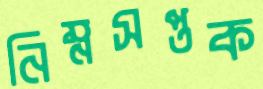
নিম্নসপ্তক